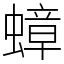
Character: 蟑